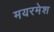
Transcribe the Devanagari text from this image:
मयरमेश